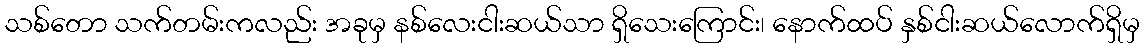
သစ်တော သက်တမ်းကလည်း အခုမှ နစ်လေးငါးဆယ်သာ ရှိသေးကြောင်း၊ နောက်ထပ် နှစ်ငါးဆယ်လောက်ရှိမှ